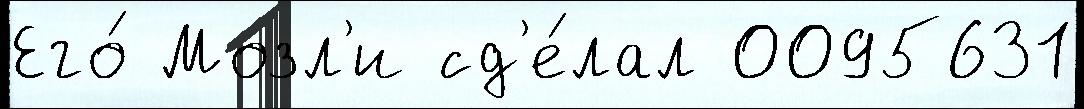
Его́ Мозл'и сд'е́лал 0095631